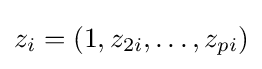
z_{i}=(1,z_{2i},\ldots ,z_{pi})